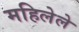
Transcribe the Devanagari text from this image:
महिलेले